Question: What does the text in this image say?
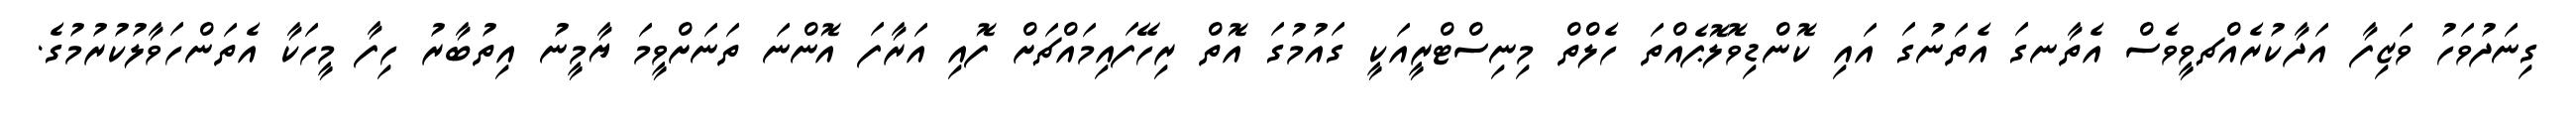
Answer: ގިނަދުވަހު ވަޒިފާ އަދާކުރެއްޗވީވެސް އެތާނގަ އެތަނުގަ އައި ކޮންޑިވޮލޮޕެއްތަ ހެލްތް މިނިސްޓްރީއަކީ ގައުމުގަ އޮތް ރިހޭފައިމައްޗަށް ފޮއި އަރާފަ އޮންނަ ތަނަށްވީމަ ޔާމީނު އިތުބާރު ހިފާ މީހަކާ އެތަންހަވާލުކުރުމުގެ.